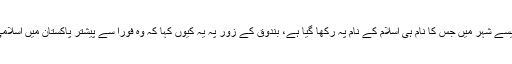
تو اس سکندر نے ایک ایسے شہر میں جس کا نام ہی اسلام کے نام پہ رکھا گیا ہے، بندوق کے زور پہ یہ کیوں کہا کہ وہ فورا سے پیشتر پاکستان میں اسلامی نظام دیکھنا چاہتا ہے؟